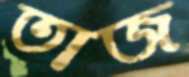
তাজ